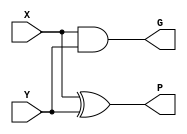
`timescale 1ns / 1ps
module generate_propagate_unit(G, P, X, Y);
  // Ports are wires as we will use dataflow
  output wire [3:0] G, P;
  input wire [3:0] X, Y;

  // Generate Propagate Unit Logice
  assign G = X & Y;
  assign P = X ^ Y;
endmodule